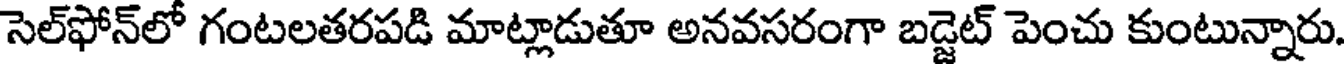
సెల్ఫోన్లో గంటలతరపడి మాట్లాడుతూ అనవసరంగా బడ్జెట్ పెంచు కుంటున్నారు.